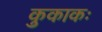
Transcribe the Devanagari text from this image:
कुकाकः